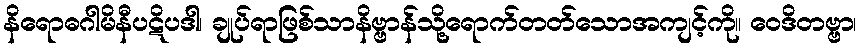
နိရောဓဂါမိနီပဋိပဒါ၊ ချုပ်ရာဖြစ်သာနိဗ္ဗာန်သို့ရောက်တတ်သောအကျင့်ကို။ ဝေဒိတဗ္ဗာ၊